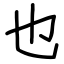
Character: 也